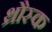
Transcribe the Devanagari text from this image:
थ्रौस्क